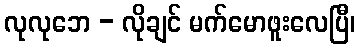
လုလုဘေ - လိုချင် မက်မောဖူးလေပြီ၊